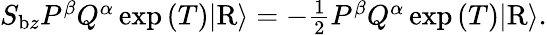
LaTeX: \begin{array}{r}{S_{\mathrm{b}z}P^{\beta}Q^{\alpha}\exp{(T)}\vert\mathrm{R}\rangle=-\frac{1}{2}P^{\beta}Q^{\alpha}\exp{(T)}\vert\mathrm{R}\rangle.}\end{array}